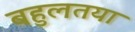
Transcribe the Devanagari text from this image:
बहुलतया